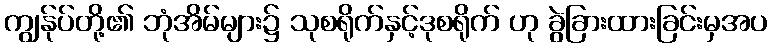
ကျွန်ုပ်တို့၏ ဘုံအိမ်များ၌ သုစရိုက်နှင့်ဒုစရိုက် ဟု ခွဲခြားထားခြင်းမှအပ